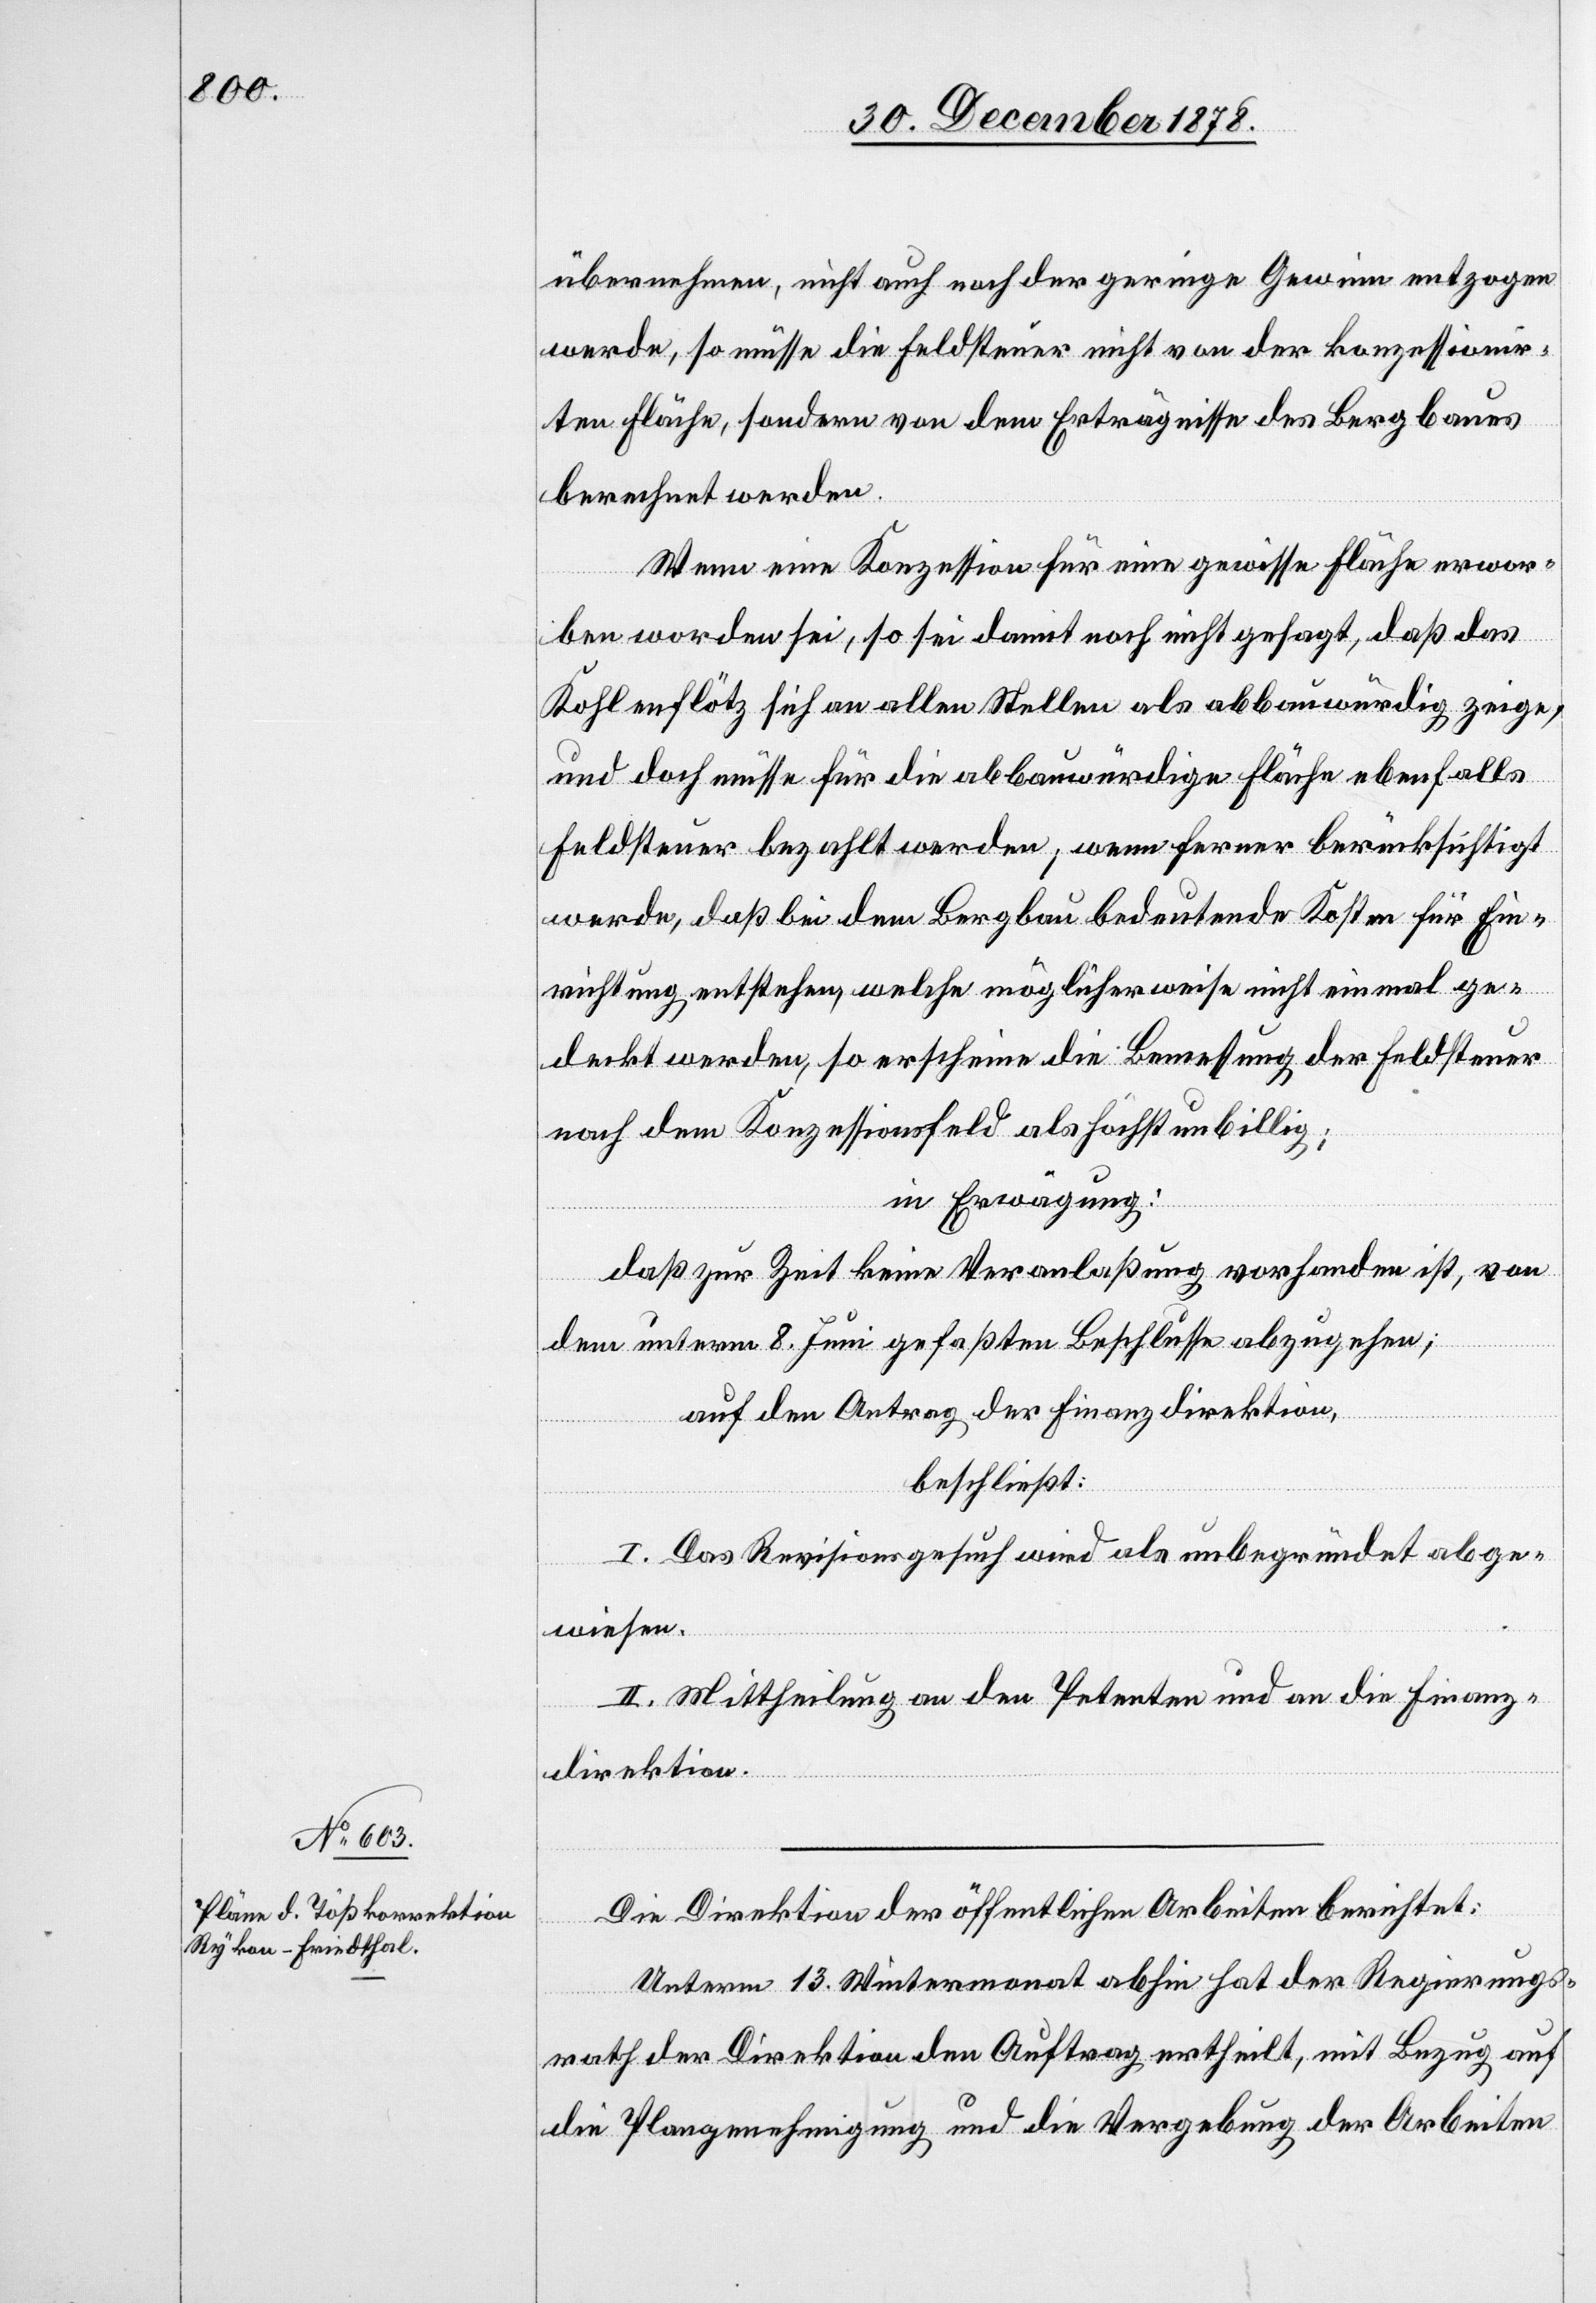
übernehmen, nicht auch noch der geringe Gewinn entzogen
werde, so müsse die Feldsteuer nicht von der konzessionir¬
ten Fläche, sondern von dem Erträgnisse des Bergbaues
berechnet werden.
Wenn eine Konzession für eine gewisse Fläche erwor¬
ben worden sei, so sei damit noch nicht gesagt, daß das
Kohlenflötz sich an allen Stellen als abbauwürdig zeige,
und doch müsse für die abbauwürdige Fläche ebenfalls
Feldsteuer bezahlt werden, wenn ferner berücksichtigt
werde, daß bei dem Bergbau bedeutende Kosten für Ein¬
richtung entstehen, welche möglicherweise nicht einmal ge¬
deckt werden, so erscheine die Bemessung der Feldsteuer
nach dem Konzessionsfeld als höchst unbillig;
in Erwägung:
daß zur Zeit keine Veranlaßung vorhanden ist, von
dem unterm 8. Juni gefaßten Beschlusse abzugehen;
auf den Antrag der Finanzdirektion,
beschließt:
I. Das Revisionsgesuch wird als unbegründet abge¬
wiesen.
II. Mittheilung an den Petenten und an die Finanz¬
direktion.
Die Direktion der öffentlichen Arbeiten berichtet:
Unterm 13. Wintermonat abhin hat der Regierungs¬
rath der Direktion den Auftrag ertheilt, mit Bezug auf
die Plangenehmigung und die Vergebung der Arbeiten